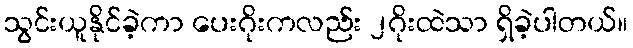
သွင်းယူနိုင်ခဲ့ကာ ပေးဂိုးကလည်း ၂ဂိုးထဲသာ ရှိခဲ့ပါတယ်။